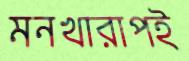
মনখারাপই